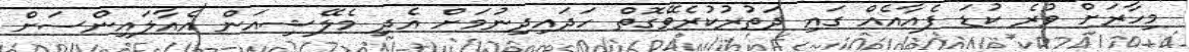
މިހާރަށް ވުރެ ކުޑަ ފެއާއެއް ގައި ދަތުރުކުރެވޭގޮތް ހަދައިދިނުމަށް އެދި މެލޭޝިއަން އެއާލައިންސަށް